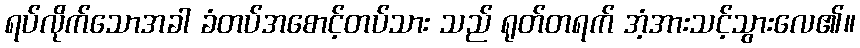
ရပ်လိုက်သောအခါ ခံတပ်အစောင့်တပ်သား သည် ရုတ်တရက် အံ့အားသင့်သွားလေ၏။